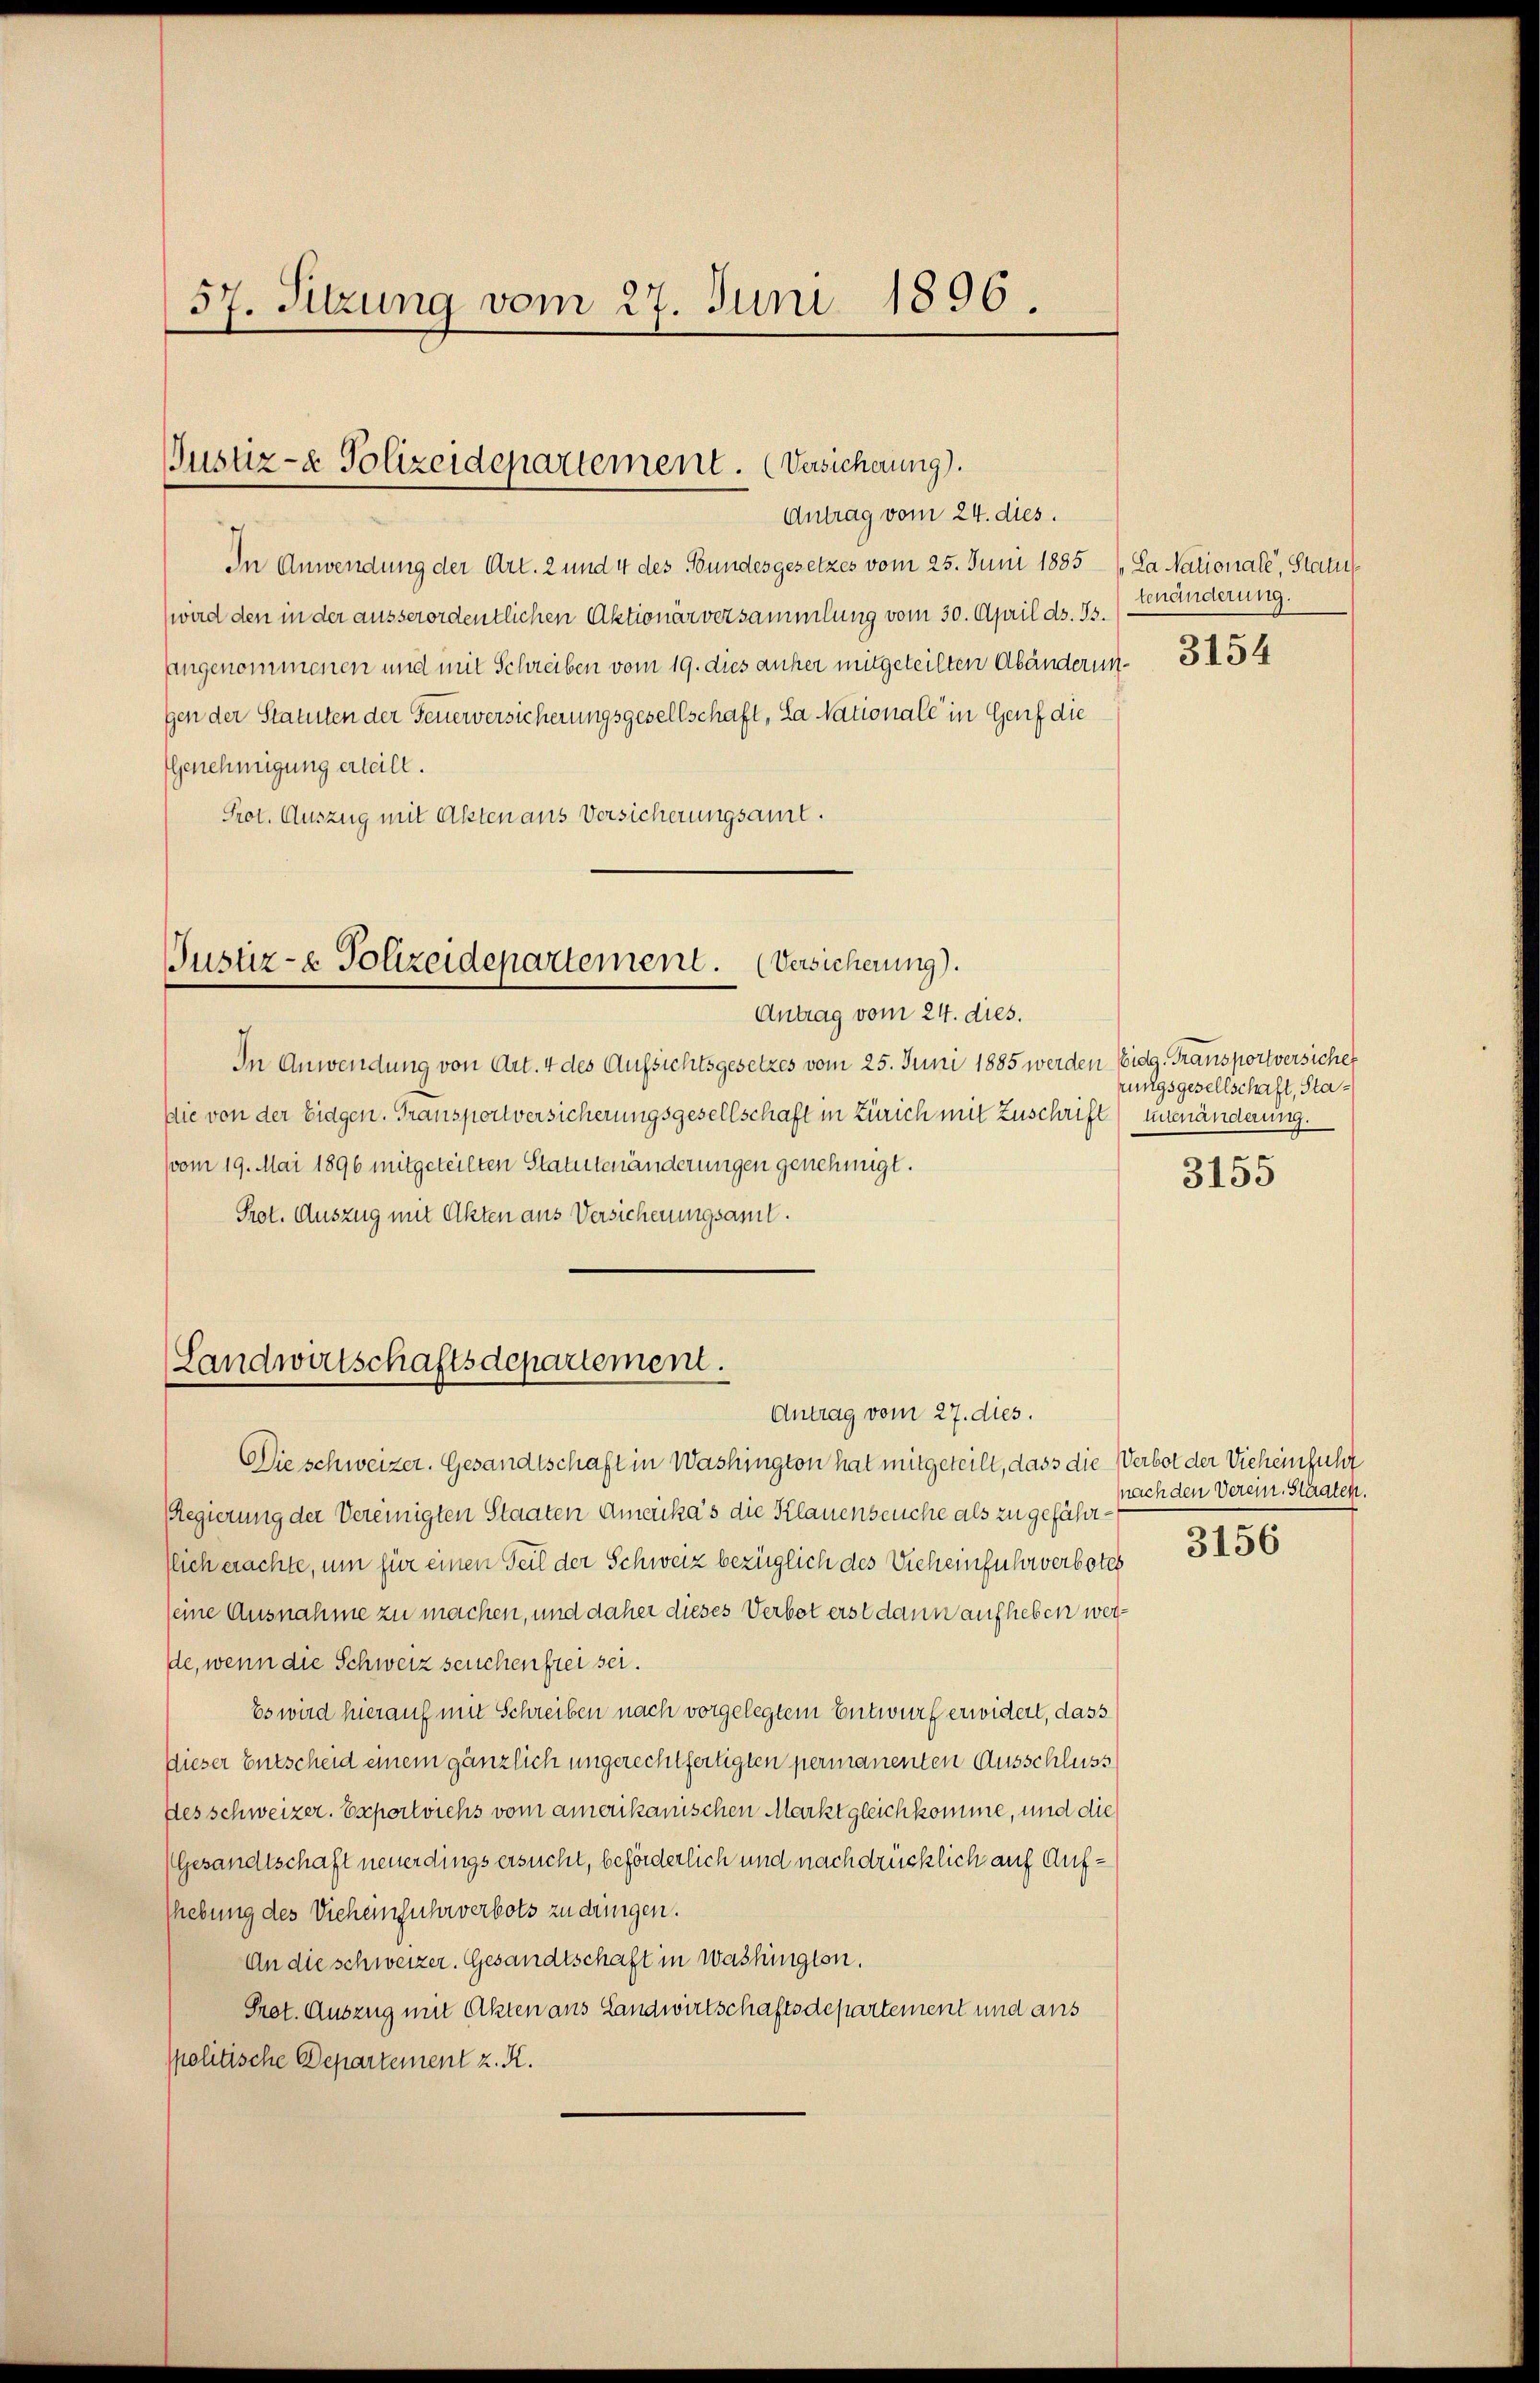
57. Sitzung vom 27. Juni 1896.

Justiz- & Polizeidepartement. (Versicherung).
Antrag vom 24. dies.

In Anwendung der Art. 2 und 4 des Bundesgesetzes vom 25. Juni 1885 (La Nationale, Statu
wird den in der ausserordentlichen Aktionärversammlung vom 30. April d. Js.
angenommenen und mit Schreiben vom 19. dies anher mitgeteilten Abänderun- 3454
gen der Statuten der Feuerversicherungsgesellschaft, La Nationale in Genf die
Genehmigung erteilt.
Prot. Auszug mit Akten aus Versicherungsamt.

Justiz- & Polizeidepartement. (Versicherung).
Antrag vom 24. dies.

(Landwirtschaftsdepartement.
Antrag vom 27. dies.

In Anwendung von Art. 4 des Aufsichtsgesetzes vom 25. Juni 1885 werden Eidg. Transportversiche
Die von der Eidgen. Transportversicherungsgesellschaft in Zürich mit Zuschrift untenänderung.
(vom 19. Mai 1896 mitgeteilten Statutenänderungen genehmigt.
Prot. Auszug mit Akten aus Versicherungsamt.

tenänderung.

Die schweizer. Gesandtschaft in Washington hat mitgeteilt, dass die Verbot der Vieheinfuhr
Regierung der Vereinigten Staaten Amerika’s die Klauenseuche als zu geführt.
tlich erachte, um für einen Teil der Schweiz bezüglich des Vieheinfuhrverbotes
seine Ausnahme zu machen, und daher dieses Verbot erst dann aufheben werde, wenn die Schweiz seuchen frei sei.
Es wird hierauf mit Schreiben nach vorgelegtem Entwurf erwidert, dass
Dieser Entscheid einem gänzlich ungerechtfertigten permanenten Ausschluss
Des schweizer. Exportviehs vom amerikanischen Markt gleich komme, und die
Gesandtschaft neuerdings ersucht, beförderlich und nachdrücklich auf Aufshebung des Vieheinfuhrverbots zu dringen.
An die schweizer. Gesandtschaft in Washingten.
Prot. Auszug mit Akten aus Landwirtschaftsdepartement und aus
politische Departement z. R.

rungsgesellschaft, Sta¬

3155

nach den Verein. Staaten.
3156